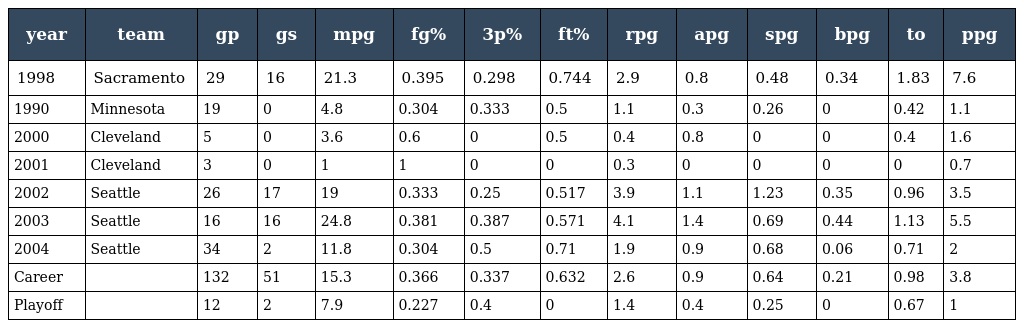
| year | team | gp | gs | mpg | fg% | 3p% | ft% | rpg | apg | spg | bpg | to | ppg |
 | --- | --- | --- | --- | --- | --- | --- | --- | --- | --- | --- | --- | --- | --- |
 | 1998 | Sacramento | 29 | 16 | 21.3 | 0.395 | 0.298 | 0.744 | 2.9 | 0.8 | 0.48 | 0.34 | 1.83 | 7.6 |
 | 1990 | Minnesota | 19 | 0 | 4.8 | 0.304 | 0.333 | 0.5 | 1.1 | 0.3 | 0.26 | 0 | 0.42 | 1.1 |
 | 2000 | Cleveland | 5 | 0 | 3.6 | 0.6 | 0 | 0.5 | 0.4 | 0.8 | 0 | 0 | 0.4 | 1.6 |
 | 2001 | Cleveland | 3 | 0 | 1 | 1 | 0 | 0 | 0.3 | 0 | 0 | 0 | 0 | 0.7 |
 | 2002 | Seattle | 26 | 17 | 19 | 0.333 | 0.25 | 0.517 | 3.9 | 1.1 | 1.23 | 0.35 | 0.96 | 3.5 |
 | 2003 | Seattle | 16 | 16 | 24.8 | 0.381 | 0.387 | 0.571 | 4.1 | 1.4 | 0.69 | 0.44 | 1.13 | 5.5 |
 | 2004 | Seattle | 34 | 2 | 11.8 | 0.304 | 0.5 | 0.71 | 1.9 | 0.9 | 0.68 | 0.06 | 0.71 | 2 |
 | Career |  | 132 | 51 | 15.3 | 0.366 | 0.337 | 0.632 | 2.6 | 0.9 | 0.64 | 0.21 | 0.98 | 3.8 |
 | Playoff |  | 12 | 2 | 7.9 | 0.227 | 0.4 | 0 | 1.4 | 0.4 | 0.25 | 0 | 0.67 | 1 |